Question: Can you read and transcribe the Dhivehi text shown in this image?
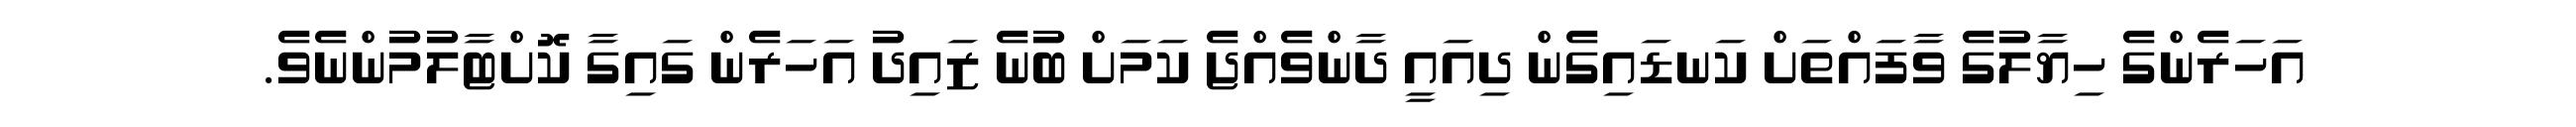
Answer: އަހަރެންގެ ހިޔާލުގެ ވާފައްތަށް ކަނޑައިގެން ދިއައީ ދާންވެއްޖެ ކަމަށް ބުނެ ޒައިދު އަހަރެން ގައިގާ ކޮށްޓާލުމުންނެވެ.